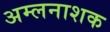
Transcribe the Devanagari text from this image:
अम्लनाशक